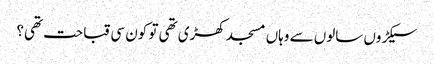
سیکڑوں سالوں سے وہاں مسجد کھڑی تھی تو کون سی قباحت تھی؟